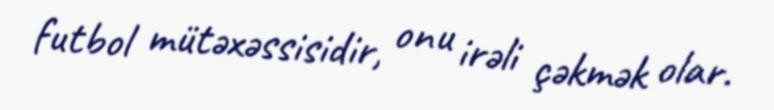
futbol mütəxəssisidir, onu irəli çəkmək olar.